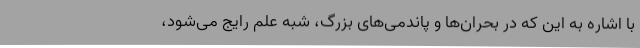
با اشاره به این که در بحران‌ها و پاندمی‌های بزرگ، شبه علم رایج می‌شود،